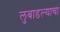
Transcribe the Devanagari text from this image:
लुबाडल्याचा